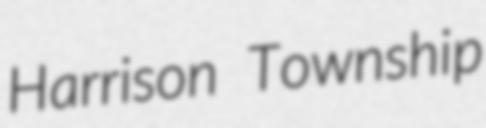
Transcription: Harrison Township